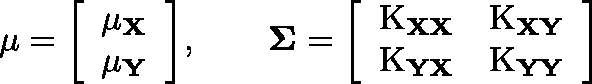
\mathbf { \mu } = { \left[ \begin{array} { l } { \mathbf { \mu _ { X } } } \\ { \mathbf { \mu _ { Y } } } \end{array} \right] } , \qquad \mathbf { \Sigma } = { \left[ \begin{array} { l l } { \operatorname { K } _ { \mathbf { X X } } } & { \operatorname { K } _ { \mathbf { X Y } } } \\ { \operatorname { K } _ { \mathbf { Y X } } } & { \operatorname { K } _ { \mathbf { Y Y } } } \end{array} \right] }